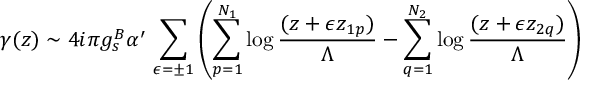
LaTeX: \gamma ( z ) \sim 4 i \pi g _ { s } ^ { B } \alpha ^ { \prime } \, \sum _ { \epsilon = \pm 1 } \left( \sum _ { p = 1 } ^ { N _ { 1 } } \log \frac { ( z + \epsilon z _ { 1 p } ) } { \Lambda } - \sum _ { q = 1 } ^ { N _ { 2 } } \log \frac { ( z + \epsilon z _ { 2 q } ) } { \Lambda } \right)